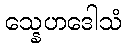
သ္နေဟဒေါသံ